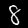
Label: 8